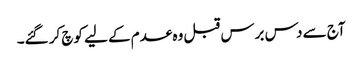
آج سے دس برس قبل وہ عدم کے لیے کوچ کر گئے۔